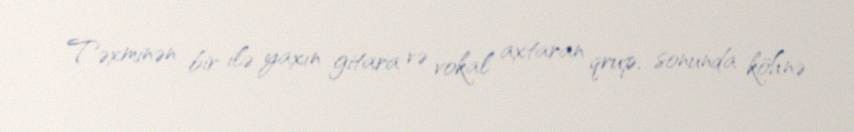
Təxminən bir ilə yaxın gitara və vokal axtaran qrup, sonunda köhnə